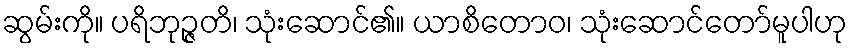
ဆွမ်းကို။ ပရိဘုဉ္ဇတိ၊ သုံးဆောင်၏။ ယာစိတောဝ၊ သုံးဆောင်တော်မူပါဟု